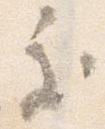
処